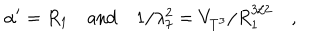
\alpha ^ { \prime } = R _ { 1 } \quad \mathrm { a n d } \quad 1 / \lambda _ { 7 } ^ { 2 } = V _ { T ^ { 3 } } / R _ { 1 } ^ { 3 / 2 } \quad ,